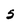
Character: 5